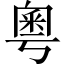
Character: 粵